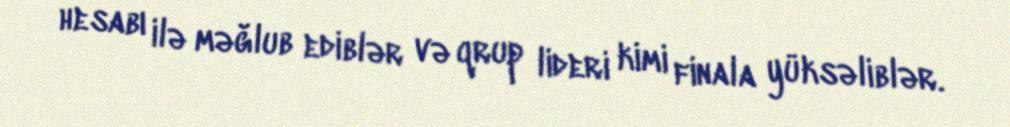
hesabı ilə məğlub ediblər və qrup lideri kimi finala yüksəliblər.